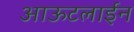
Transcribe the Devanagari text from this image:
आऊटलाईन